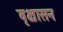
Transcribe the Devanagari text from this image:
वृक्षासन